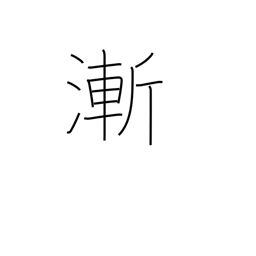
Meaning: barely